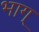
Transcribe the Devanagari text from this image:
भाग्